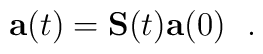
\mathbf{a}(t) = \mathbf{S}(t) \mathbf{a}(0) ~~.